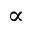
\propto